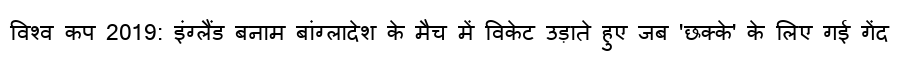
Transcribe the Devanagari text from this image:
विश्व कप 2019: इंग्लैंड बनाम बांग्लादेश के मैच में विकेट उड़ाते हुए जब 'छक्के' के लिए गई गेंद